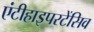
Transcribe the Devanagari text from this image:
एंटीहाइपरटेंसिव